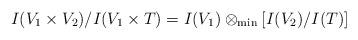
LaTeX: \begin{align*}I (V_1 \times V_2) / I (V_1 \times T) = I (V_1) \otimes_{\mathrm{min}} [I (V_2) / I (T)]\end{align*}